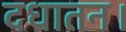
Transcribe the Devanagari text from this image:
दधातन।